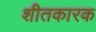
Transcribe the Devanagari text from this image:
शीतकारक